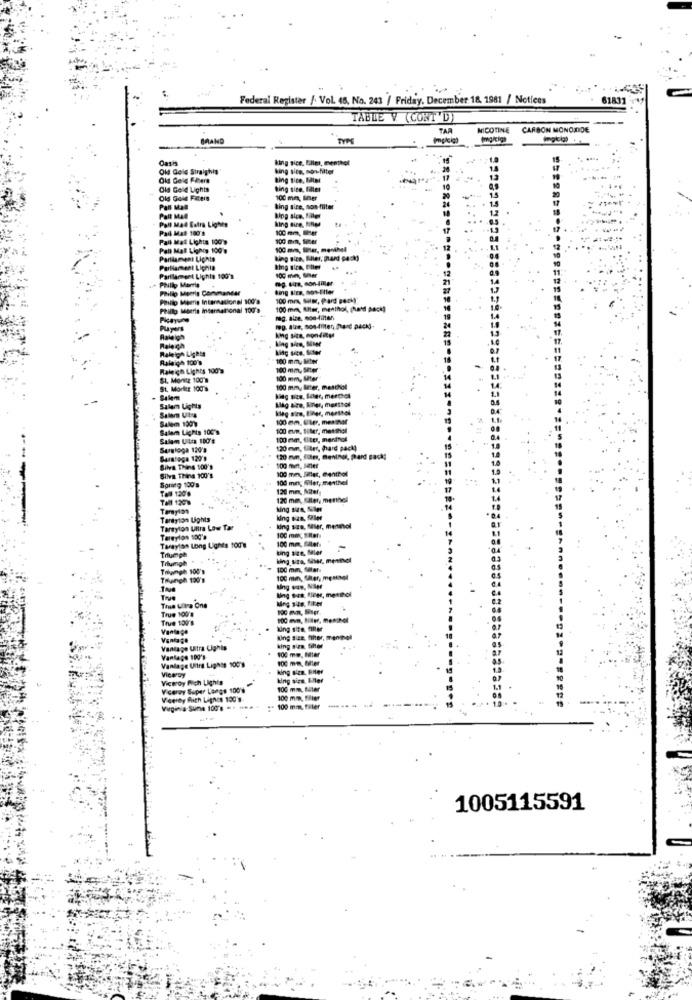
Federal Register / Vol. 48, No. 243 / Friday, December 18, 1981 / Notices
61831
TABLE V (CONT'D)
TAR
NICOTINE
CARBON MONOXIDE
BRAND
TYPE
Oasis
king sice, Film, menthol
Old Gold Straighis"
king size, nowfilter
Old Geld Fibers
king tice, Mint
Old Geld Lights
ting sice. filler
10
Old Gold Feers
100 mm; Bier
Pas Mal
king size, son fliter
Palt MAG
Poll Mal Estra Lignes
king dire, filipe
Pad Mat 100's
Pail Mat Lights 100's
100 myn, teler
Pall Mall Lighis 100 g
100 mmm, Inter, menthel
Parliament Lights
king sice, Suller, pard pack)
Parliament Lignia
king size, titier
a+ Philip Morris
Parlament Lights 100's
mag. sis, son-aller
Philip Meeris Commander
king Bica, nov-Eller
Philo Meeris International 100's
100 mr, Sulsz, Pard poch)
Philip Morris International 100'9
100 mm, Alter, menthol, (and pack)
Picayune
reg. alze, som-tüten
Puyers
reg. sie, son-(liten, (hand pack).
king size, nondity!
Raleigh Liget
Rale ich
king site, Siter
Raleigh 100's
100 mm, Mter
Raleigh Lights 100's
100 mm, SEter
St. Moritz 100'
100 mm, Ster
St. Mortes: 100'9
100 mm, liter, maschol
Salem
Salem Lights
Salam Uby
Lag aire, Krler, merthot
Salem 1599
100 mm. Uter, menwhat
Salam Lights 100'9
100 eum, tiler, menthol
Salam Utn 100's
100 mm, fiter, menthol
Surgioga 120'a
120 mm, filer, hard pack
Saratoga 120'D
120 min, Som, mening, pard Back!
Silva Thing 100's
100 men, sætter
Silva Thina 100's
Spring 100's
100 mm, Smiler, Centhol
100 min; Slet, menthe
Tal 120's
120 mm, Mely
120 mm, Kitet, mertnel
king sua, Suller
Tardyton Ughts
Tarnylon Untra Low Tar
king size, saler, menmol
Tereylos 100's
100 mm; Ret
100 mm, Batef
Tarayion Long Lights to08
Triumph
king size, Seler
Trhumgh
king size, Sier, menthet
Tramph 100's
100 mm, deter
Tolungh 190's
100 min, Säter, męskael
Tra Ultra One
True 100's
True 100's
100 eva, Miller, menchel
Vante pe
king size, filter, menthol
Vantage Uitra Lights
king siza, filter
Vantage 100's
Vanlage Uitra Lignss 100'9
100 m. Me
Viceroy
king size. Filet
Viceroy Frich Lights
Vicervy Super Langs 100's
100 mm, tter
Veerey Mith Lignes 100's
100 mm, filler
Wagenla Suma 100's =* *
100 mm T
1005115591